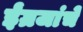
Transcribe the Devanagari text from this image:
ईंग्रजांचे